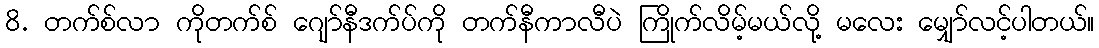
8. တက်စ်လာ ကိုတက်စ် ဂျော်နီဒက်ပ်ကို တက်နီကာလီပဲ ကြိုက်လိမ့်မယ်လို့ မလေး မျှော်လင့်ပါတယ်။